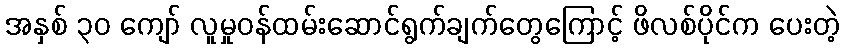
အနှစ် ၃၀ ကျော် လူမှုဝန်ထမ်းဆောင်ရွက်ချက်တွေကြောင့် ဖိလစ်ပိုင်က ပေးတဲ့